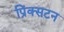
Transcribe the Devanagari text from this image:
प्रिंक्सटन